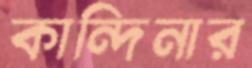
কান্দিনার